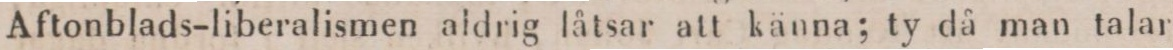
Aftonblads-liberalismen aldrig låtsar att känna; ty då man talar